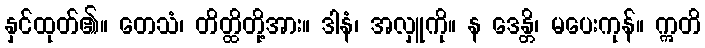
နှင်ထုတ်၏။ တေသံ၊ တိတ္ထိတို့အား။ ဒါနံ၊ အလှူကို။ န ဒေန္တိ၊ မပေးကုန်။ ဣတိ